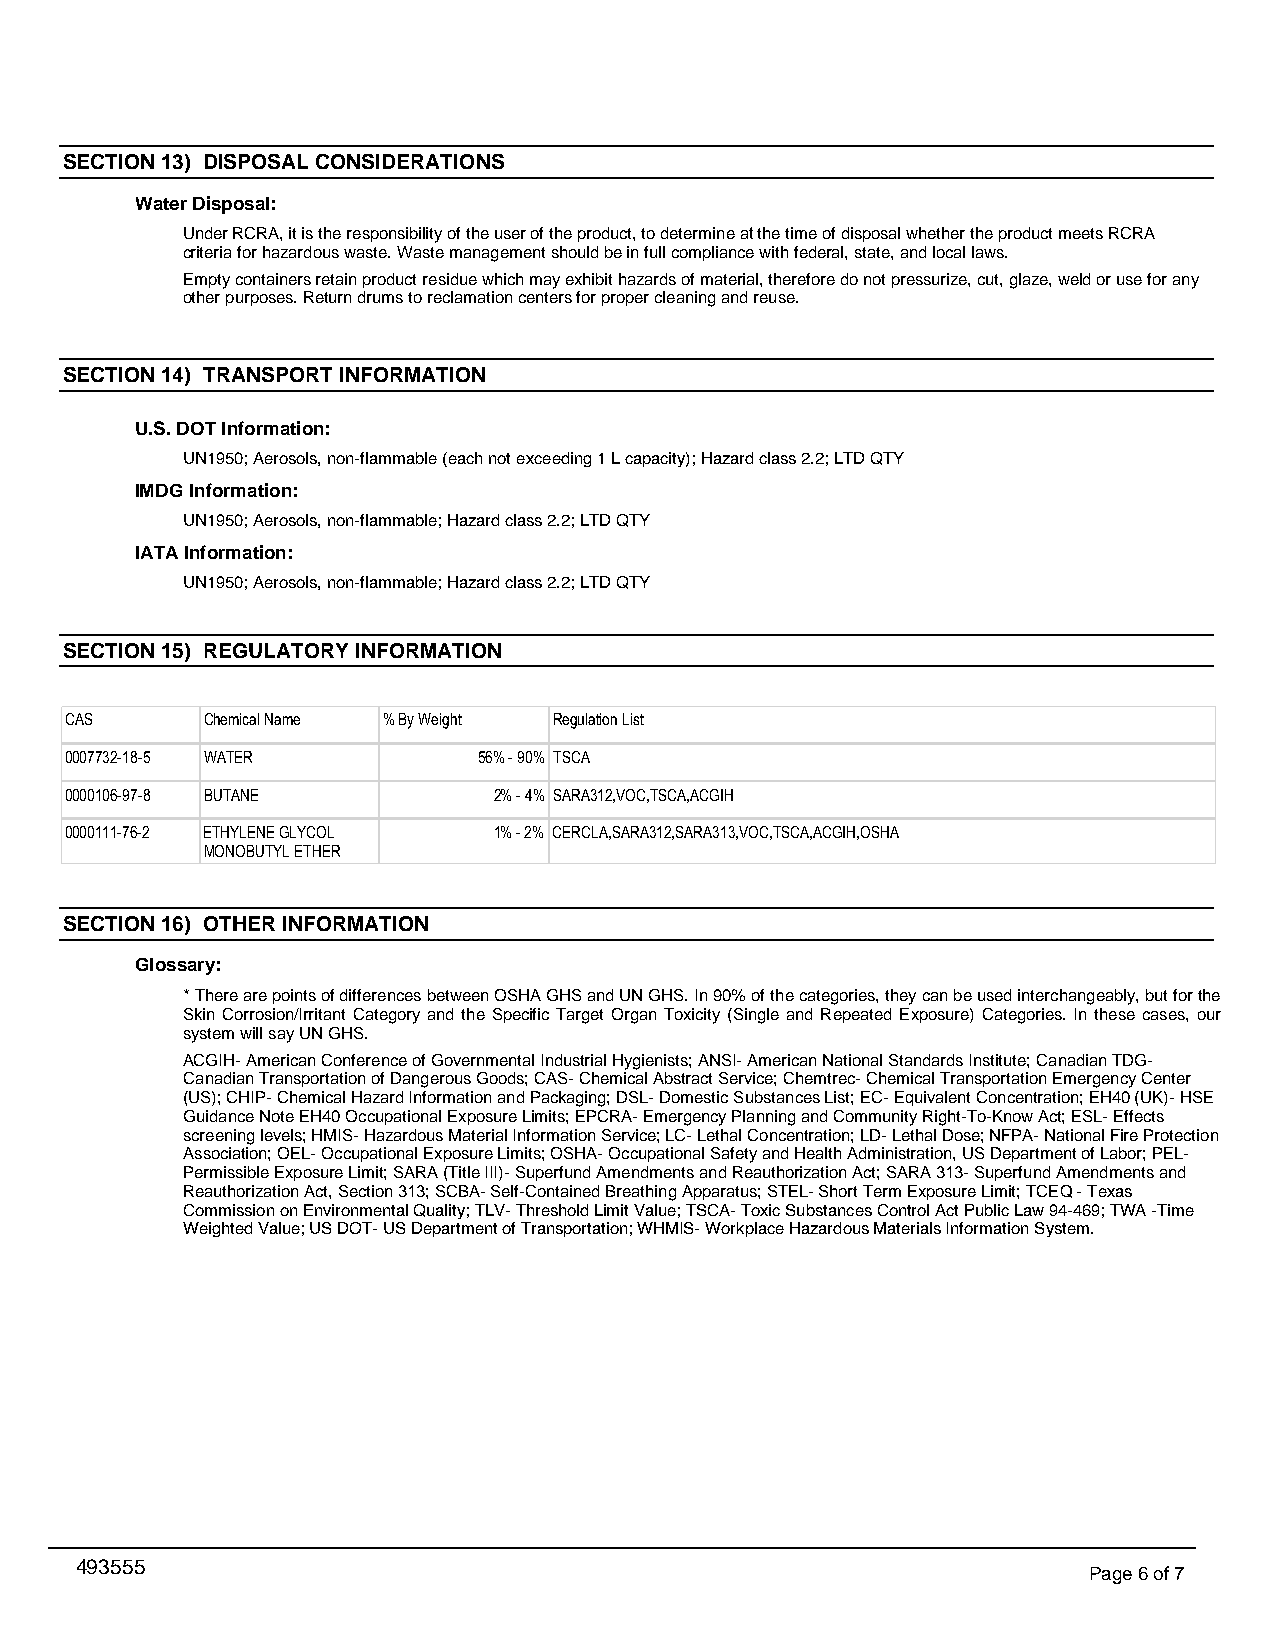
SECTION 13) DISPOSAL CONSIDERATIONS
 Water Disposal:
 Under RCRA, it is the responsibility of the user of the product, to determine at the time of disposal whether the product meets RCRA
 criteria for hazardous waste. Waste management should be in full compliance with federal, state, and local laws.
 Empty containers retain product residue which may exhibit hazards of material, therefore do not pressurize, cut, glaze, weld or use for any
 other purposes. Return drums to reclamation centers for proper cleaning and reuse.
 SECTION 14) TRANSPORT INFORMATION
 U.S. DOT Information:
 UN1950; Aerosols, non-flammable (each not exceeding 1 L capacity); Hazard class 2.2; LTD QTY
 IMDG Information:
 UN1950; Aerosols, non-flammable; Hazard class 2.2; LTD QTY
 IATA Information:
 UN1950; Aerosols, non-flammable; Hazard class 2.2; LTD QTY
 SECTION 15) REGULATORY INFORMATION
 CAS       Chemical Name % By Weight Regulation List
 0007732-18-5 WATER          56% - 90% TSCA
 0000106-97-8 BUTANE          2% - 4% SARA312,VOC,TSCA,ACGIH
 0000111-76-2 ETHYLENE GLYCOL 1% - 2% CERCLA,SARA312,SARA313,VOC,TSCA,ACGIH,OSHA
 MONOBUTYL ETHER
 SECTION 16) OTHER INFORMATION
 Glossary:
 * There are points of differences between OSHA GHS and UN GHS. In 90% of the categories, they can be used interchangeably, but for the
 Skin Corrosion/Irritant Category and the Specific Target Organ Toxicity (Single and Repeated Exposure) Categories. In these cases, our
 system will say UN GHS.
 ACGIH- American Conference of Governmental Industrial Hygienists; ANSI- American National Standards Institute; Canadian TDG-
 Canadian Transportation of Dangerous Goods; CAS- Chemical Abstract Service; Chemtrec- Chemical Transportation Emergency Center
 (US); CHIP- Chemical Hazard Information and Packaging; DSL- Domestic Substances List; EC- Equivalent Concentration; EH40 (UK)- HSE
 Guidance Note EH40 Occupational Exposure Limits; EPCRA- Emergency Planning and Community Right-To-Know Act; ESL- Effects
 screening levels; HMIS- Hazardous Material Information Service; LC- Lethal Concentration; LD- Lethal Dose; NFPA- National Fire Protection
 Association; OEL- Occupational Exposure Limits; OSHA- Occupational Safety and Health Administration, US Department of Labor; PEL-
 Permissible Exposure Limit; SARA (Title III)- Superfund Amendments and Reauthorization Act; SARA 313- Superfund Amendments and
 Reauthorization Act, Section 313; SCBA- Self-Contained Breathing Apparatus; STEL- Short Term Exposure Limit; TCEQ - Texas
 Commission on Environmental Quality; TLV- Threshold Limit Value; TSCA- Toxic Substances Control Act Public Law 94-469; TWA -Time
 Weighted Value; US DOT- US Department of Transportation; WHMIS- Workplace Hazardous Materials Information System.
 493555
 Page 6 of 7